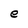
Character: e